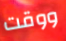
ووقت